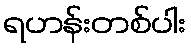
ရဟန်းတစ်ပါး